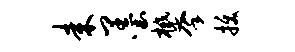
耒墨攀拔